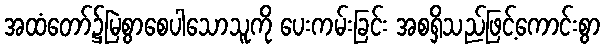
အထံတော်၌မြဲစွာစေပါသောသူကို ပေးကမ်းခြင်း အစရှိသည်ဖြင့်ကောင်းစွာ